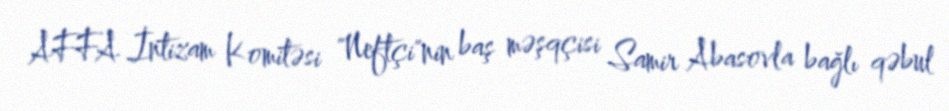
AFFA İntizam Komitəsi "Neftçi"nin baş məşqçisi Samir Abasovla bağlı qəbul